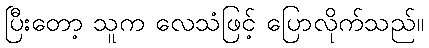
ပြီးတော့ သူက လေသံဖြင့် ပြောလိုက်သည်။